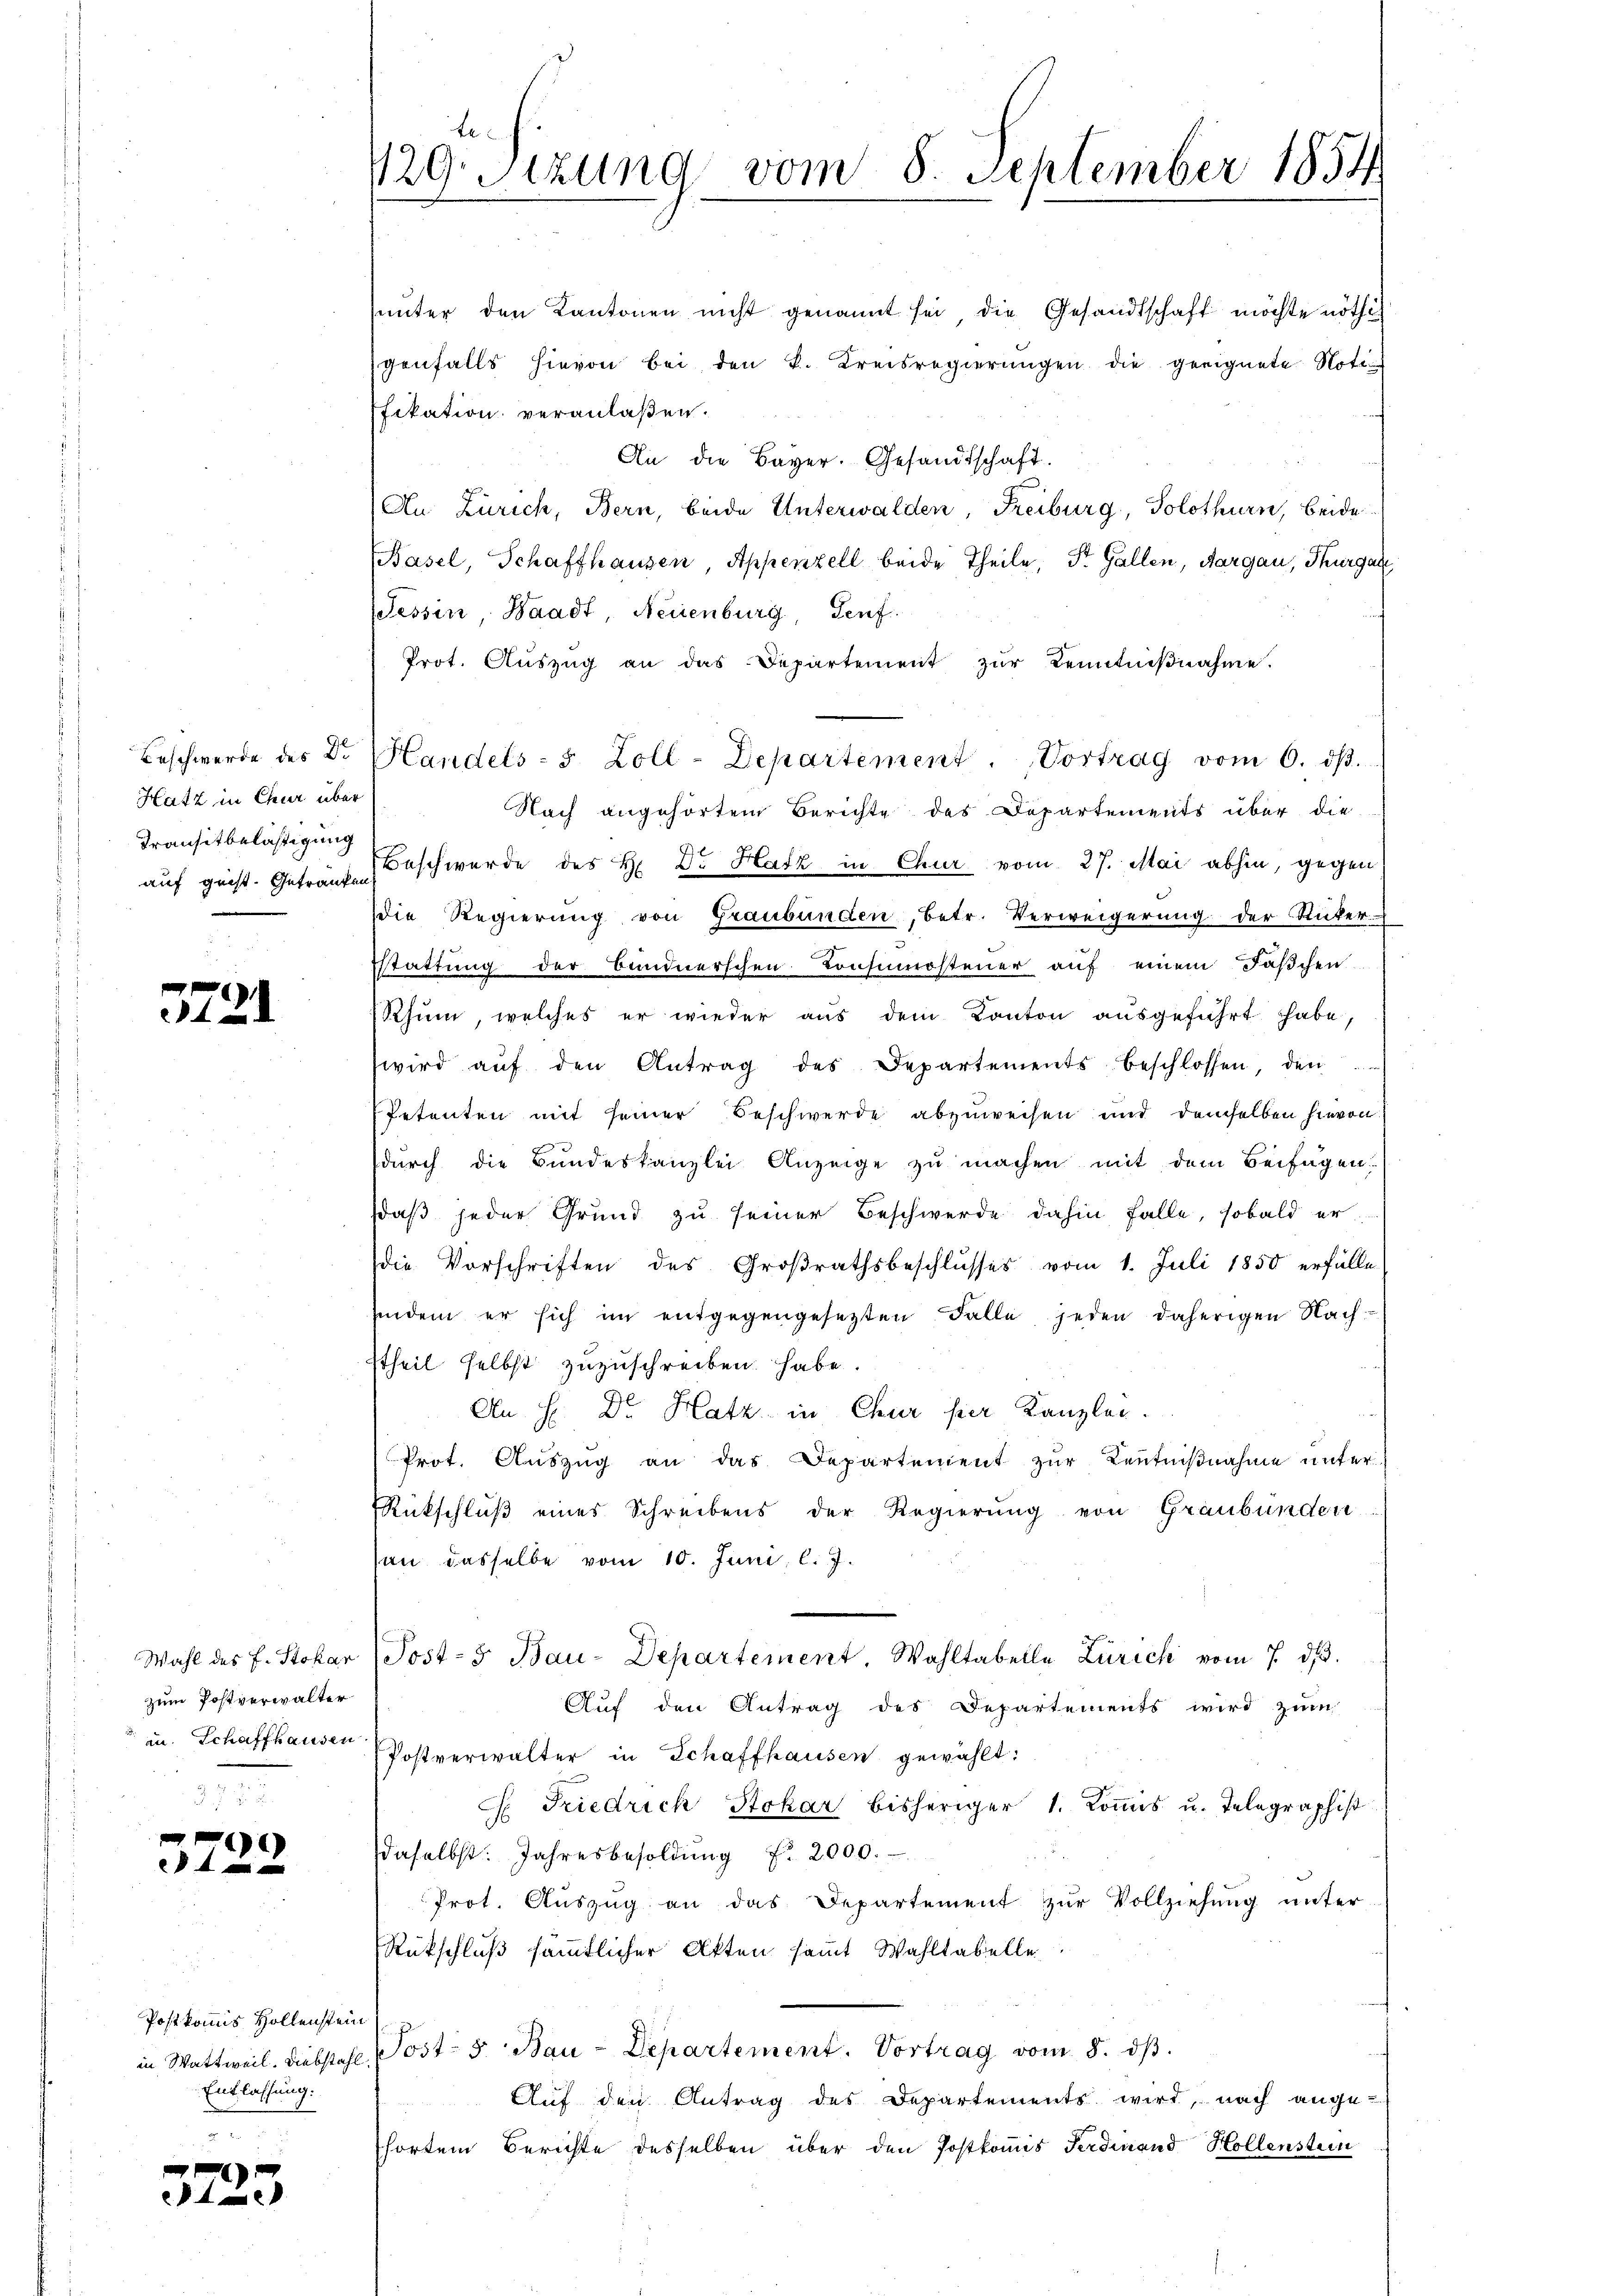
Hatz in Chur über
Transitbelästigung

)
12

zum Postverwalter

37.

)

Postkommis Hollenstein
Entlassung.

3

te
129. Sitzung vom 8. September 1854

unter den Kantonen nicht genannt sei die Gesandtschaft möchte nöthig
genfalls hievon bei den k. Kreisregierungen die geeignete Noti
fikation veranlaßen.
An die Bayer. Gesandtschaft.
An Zürich, Bern, beide Unterwalden, Freiburg, Solothurn, beide
Basel, Schaffhausen, Appenzell beide Theile, Dr. Gallen, Aargau, Thurgau
Tessin, Waadt, Neuenburg, Genf
Prot. Aŭszŭg an das Departement zŭr Kenntniβnahme.
Nach angehörtem Berichte des Departements über die
auf geist. Geträufe schwerde des H. Dr. Harz in Chur vom 27. Mai abhin, gegen
die Regierung von Graubünden, betr. Verweigerung der Rüter-
sstattung der Bundnerschen Consumsteuer auf einem Faschen
Rhum, welches er wieder aus dem Kanton ausgeführt habe,
wird aŭf den Antrag des Departements beschlossen, den
Petenten mit seiner Beschwerde abzuweisen und demselben hievon
durch die Bundeskanzlei Anzeige zu machen mit dem Beifügen.
daß jeder Grund zu seiner Beschwerde dahin falle, sobald er
die Vorschriften des Großrathsbeschlusses vom 1. Juli 1850 erfülle
eindem er sich im entgegengesetzten Falle, jeden daherigen Nach
ttheil selbst zuzuschreiben habe
An H. Dr. Hatz in Chur per Kanzlei.
Prot. Aŭszŭg an das Departement zŭr Kentnißnahme unter
Rückschlŭβ eines Schreibens der Regierŭng von Graubünden
an dasselbe vom 10. Juni l. J.
Wahl des E. Stokar (Post- 5. Bau-Departement. Wahltabelle Zürich vom 7. dβ.
Auf den Antrag des Departements wird zum
un. Schaffhausen Postverwalter in Schaffhausen gewählt:
G. Friedrich Stokar bisheriger 1. Koṁis u. Telegraphist
daselbst: Jahresbesoldŭng f. 2000.
Prot. Aŭszŭg an das Departement zŭr Vollziehŭng ŭnter
Rükschluß sämmtlicher Akten sammt Wahltabelle
in Wattweil. Diebstahl, Post 5 Bau-Departement. Vortrag vom 8. dβ.
Auf den Antrag des Departements wird, nach ange-
hörtem Berichte desselben über den Postkomis Ferdinand Hollenstein

Beschwerde des Dr. Handels- 5 Zoll-Departement. Vortrag vom 6. dβ.